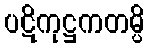
ပဋိကုဋ္ဌကတမ္ပိ